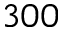
3 0 0